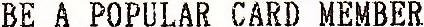
BE A POPULAR CARD MEMBER